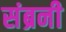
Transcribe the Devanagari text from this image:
संब्रनी